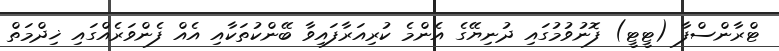
ޓްރާންސްފާ (ޓީޓީ) ފޮނުވުމުގައި ދުނިޔޭގެ އެންމެ ކުރިއަރާފައިވާ ބޭންކުތަކާއި އެއް ފެންވަރެއްގައި ޚިދްމަތް